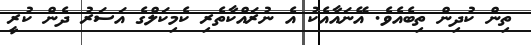
ތިން ކުދިން ތިބެއެވެ. އޭނައާއެކު އެ ނުރައްކާތެރި ކެމިކަލްގެ އަސަރު ދެން ކުރީ